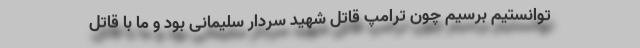
توانستیم برسیم چون ترامپ قاتل شهید سردار سلیمانی بود و ما با قاتل